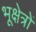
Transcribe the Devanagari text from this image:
भूक्षेत्रों